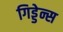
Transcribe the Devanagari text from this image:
गिड्डेन्स